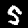
Digit: 5